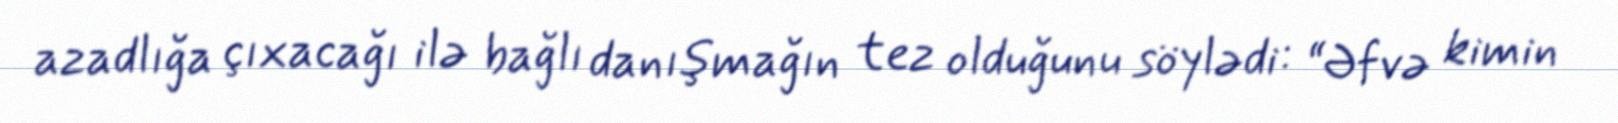
azadlığa çıxacağı ilə bağlı danışmağın tez olduğunu söylədi: “Əfvə kimin